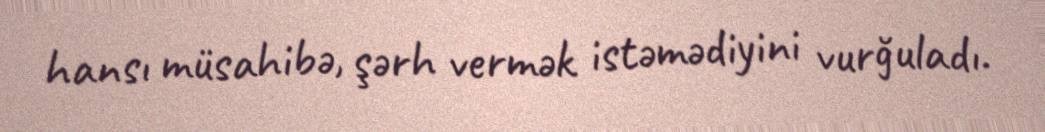
hansı müsahibə, şərh vermək istəmədiyini vurğuladı.